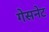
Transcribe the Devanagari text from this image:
गेसनेट